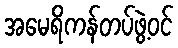
အမေရိကန်တပ်ဖွဲ့ဝင်